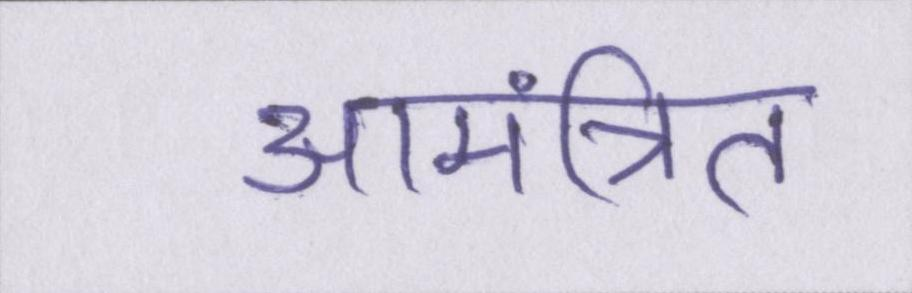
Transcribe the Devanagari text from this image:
आमंत्रित